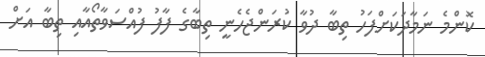
ކޮންމެ ނަމާދަކަށްފަހު ތިބާ ދުވާ ކުރަންޖެހެނީ ތިބާގެ ފާފު ފުއްސަވާތޯއާއި ތިބާ އަށް